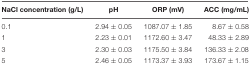
| NaCl concentration (g/L) | pH | ORP (mV) | ACC (mg/mL) |
 | --- | --- | --- | --- |
 | 0.1 | 2.94 ± 0.05 | 1087.07 ± 1.85 | 8.67 ± 0.58 |
 | 1 | 2.23 ± 0.01 | 1172.60 ± 3.47 | 48.33 ± 2.89 |
 | 3 | 2.30 ± 0.03 | 1175.50 ± 3.84 | 136.33 ± 2.08 |
 | 5 | 2.46 ± 0.05 | 1173.37 ± 3.93 | 173.67 ± 1.15 |